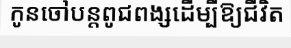
កូនចៅបន្តពូជពង្សដើម្បីឱ្យជីវិត